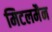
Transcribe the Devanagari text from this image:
मिटलमैन